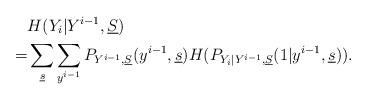
LaTeX: \begin{align*} &H(Y_i | Y^{i-1}, \underline S) \\=& \sum_{\underline s} \sum_{y^{i-1}} P_{Y^{i-1}, \underline S} (y^{i-1}, \underline s) H( P_{ Y_i | Y^{i-1}, \underline S}(1| y^{i-1}, \underline s)). \end{align*}